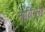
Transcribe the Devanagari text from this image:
नाविग्ली